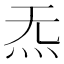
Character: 𪸓